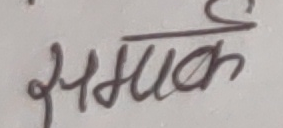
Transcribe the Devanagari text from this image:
सम्याक